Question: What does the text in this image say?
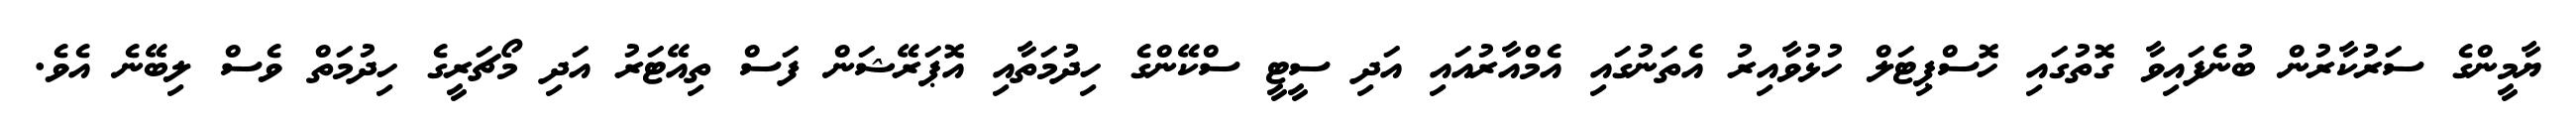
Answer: ޔާމީންގެ ސަރުކާރުން ބުނެފައިވާ ގޮތުގައި ހޮސްޕިޓަލް ހުޅުވާއިރު އެތަނުގައި އެމްއާރުއައި އަދި ސީޓީ ސްކޭންގެ ހިދުމަތާއި އޮޕަރޭޝަން ފަސް ތިއޭޓަރު އަދި މޯޗަރީގެ ހިދުމަތް ވެސް ލިބޭނެ އެވެ.